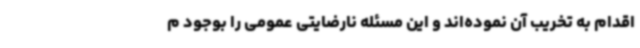
اقدام به تخریب آن نموده‌اند و این مسئله نارضایتی عمومی را بوجود م